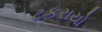
ટકરાયો